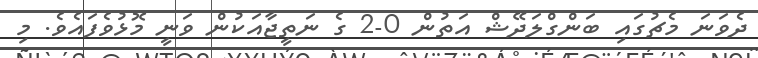
ދެވަނަ މެޗުގައި ބަންގްލަދޭޝް އަތުން 0-2 ގެ ނަތީޖާއަކުން ވަނީ މޮޅުވެފައެވެ. މި